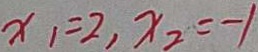
x _ { 1 } = 2 , x _ { 2 } = - 1